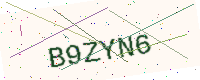
Text: B9ZYN6